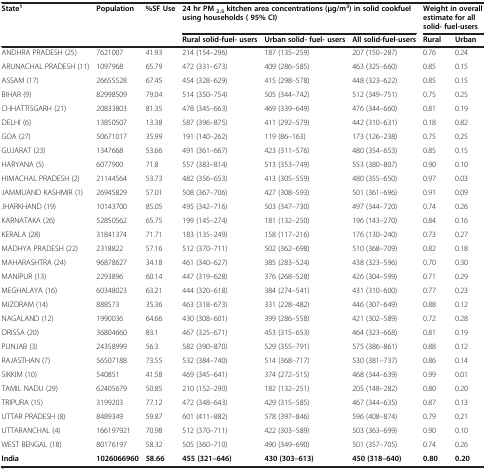
<table><thead><tr><td rowspan="2"><b>State<sup>1</sup></b></td><td><b>Population</b></td><td><b>%SF Use</b></td><td colspan="3"><b>24 hr PM <sub>2.5 </sub>kitchen area concentrations (μg/m<sup>3</sup>) in solid cookfuel using households ( 95% CI)</b></td><td colspan="2"><b>Weight in overall estimate for all solid- fuel-users</b></td></tr><tr><td><b> </b></td><td><b> </b></td><td><b>Rural solid-fuel- users</b></td><td><b>Urban solid- fuel- users</b></td><td><b>All solid-fuel-users</b></td><td><b>Rural</b></td><td><b>Urban</b></td></tr></thead><tbody><tr><td>ANDHRA PRADESH (25)</td><td>7621007</td><td>41.93</td><td>214 (154–296)</td><td>187 (135–259)</td><td>207 (150–287)</td><td>0.76</td><td>0.24</td></tr><tr><td>ARUNACHAL PRADESH (11)</td><td>1097968</td><td>65.79</td><td>472 (331–673)</td><td>409 (286–585)</td><td>463 (325–660)</td><td>0.85</td><td>0.15</td></tr><tr><td>ASSAM (17)</td><td>26655528</td><td>67.45</td><td>454 (328–629)</td><td>415 (298–578)</td><td>448 (323–622)</td><td>0.85</td><td>0.15</td></tr><tr><td>BIHAR (9)</td><td>82998509</td><td>79.04</td><td>514 (350–754)</td><td>505 (344–742)</td><td>512 (349–751)</td><td>0.75</td><td>0.25</td></tr><tr><td>CHHATTISGARH (21)</td><td>20833803</td><td>81.35</td><td>478 (345–663)</td><td>469 (339–649)</td><td>476 (344–660)</td><td>0.81</td><td>0.19</td></tr><tr><td>DELHI (6)</td><td>13850507</td><td>13.38</td><td>587 (396–875)</td><td>411 (292–579)</td><td>442 (310–631)</td><td>0.18</td><td>0.82</td></tr><tr><td>GOA (27)</td><td>50671017</td><td>35.99</td><td>191 (140–262)</td><td>119 (86–163)</td><td>173 (126–238)</td><td>0.75</td><td>0.25</td></tr><tr><td>GUJARAT (23)</td><td>1347668</td><td>53.66</td><td>491 (361–667)</td><td>423 (311–576)</td><td>480 (354–653)</td><td>0.85</td><td>0.15</td></tr><tr><td>HARYANA (5)</td><td>6077900</td><td>71.8</td><td>557 (383–814)</td><td>513 (353–749)</td><td>553 (380–807)</td><td>0.90</td><td>0.10</td></tr><tr><td>HIMACHAL PRADESH (2)</td><td>21144564</td><td>53.73</td><td>482 (356–653)</td><td>413 (305–559)</td><td>480 (355–650)</td><td>0.97</td><td>0.03</td></tr><tr><td>JAMMUAND KASHMIR (1)</td><td>26945829</td><td>57.01</td><td>508 (367–706)</td><td>427 (308–593)</td><td>501 (361–696)</td><td>0.91</td><td>0.09</td></tr><tr><td>JHARKHAND (19)</td><td>10143700</td><td>85.05</td><td>495 (342–716)</td><td>503 (347–730)</td><td>497 (344–720)</td><td>0.74</td><td>0.26</td></tr><tr><td>KARNATAKA (26)</td><td>52850562</td><td>65.75</td><td>199 (145–274)</td><td>181 (132–250)</td><td>196 (143–270)</td><td>0.84</td><td>0.16</td></tr><tr><td>KERALA (28)</td><td>31841374</td><td>71.71</td><td>183 (135–249)</td><td>158 (117–216)</td><td>176 (130–240)</td><td>0.73</td><td>0.27</td></tr><tr><td>MADHYA PRADESH (22)</td><td>2318822</td><td>57.16</td><td>512 (370–711)</td><td>502 (362–698)</td><td>510 (368–709)</td><td>0.82</td><td>0.18</td></tr><tr><td>MAHARASHTRA (24)</td><td>96878627</td><td>34.18</td><td>461 (340–627)</td><td>385 (283–524)</td><td>438 (323–596)</td><td>0.70</td><td>0.30</td></tr><tr><td>MANIPUR (13)</td><td>2293896</td><td>60.14</td><td>447 (319–628)</td><td>376 (268–528)</td><td>426 (304–599)</td><td>0.71</td><td>0.29</td></tr><tr><td>MEGHALAYA (16)</td><td>60348023</td><td>63.21</td><td>444 (320–618)</td><td>384 (274–541)</td><td>431 (310–600)</td><td>0.77</td><td>0.23</td></tr><tr><td>MIZORAM (14)</td><td>888573</td><td>35.36</td><td>463 (318–673)</td><td>331 (228–482)</td><td>446 (307–649)</td><td>0.88</td><td>0.12</td></tr><tr><td>NAGALAND (12)</td><td>1990036</td><td>64.66</td><td>430 (308–601)</td><td>399 (286–558)</td><td>421 (302–589)</td><td>0.72</td><td>0.28</td></tr><tr><td>ORISSA (20)</td><td>36804660</td><td>83.1</td><td>467 (325–671)</td><td>453 (315–653)</td><td>464 (323–668)</td><td>0.81</td><td>0.19</td></tr><tr><td>PUNJAB (3)</td><td>24358999</td><td>56.3</td><td>582 (390–870)</td><td>529 (355–791)</td><td>575 (386–861)</td><td>0.88</td><td>0.12</td></tr><tr><td>RAJASTHAN (7)</td><td>56507188</td><td>73.55</td><td>532 (384–740)</td><td>514 (368–717)</td><td>530 (381–737)</td><td>0.86</td><td>0.14</td></tr><tr><td>SIKKIM (10)</td><td>540851</td><td>41.58</td><td>469 (345–641)</td><td>374 (272–515)</td><td>468 (344–639)</td><td>0.99</td><td>0.01</td></tr><tr><td>TAMIL NADU (29)</td><td>62405679</td><td>50.85</td><td>210 (152–290)</td><td>182 (132–251)</td><td>205 (148–282)</td><td>0.80</td><td>0.20</td></tr><tr><td>TRIPURA (15)</td><td>3199203</td><td>77.12</td><td>472 (348–643)</td><td>429 (315–585)</td><td>467 (344–635)</td><td>0.87</td><td>0.13</td></tr><tr><td>UTTAR PRADESH (8)</td><td>8489349</td><td>59.87</td><td>601 (411–882)</td><td>578 (397–846)</td><td>596 (408–874)</td><td>0.79</td><td>0.21</td></tr><tr><td>UTTARANCHAL (4)</td><td>166197921</td><td>70.98</td><td>512 (370–711)</td><td>422 (303–589)</td><td>503 (363–699)</td><td>0.90</td><td>0.10</td></tr><tr><td>WEST BENGAL (18)</td><td>80176197</td><td>58.32</td><td>505 (360–710)</td><td>490 (349–690)</td><td>501 (357–705)</td><td>0.74</td><td>0.26</td></tr><tr><td><b>India</b></td><td><b>1026066960</b></td><td><b>58.66</b></td><td><b>455 (321–646)</b></td><td><b>430 (303–613)</b></td><td><b>450 (318–640)</b></td><td><b>0.80</b></td><td><b>0.20</b></td></tr></tbody></table>